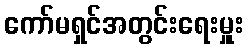
ကော်မရှင်အတွင်းရေးမှူး